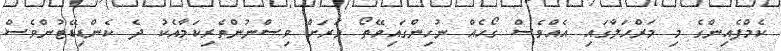
ކެމްޕެއިންގެ މި މަރްހަލާގައި އެއްވެސް ގޯހެއް ނުހިންގައިވޭތޯ ވަރަށް ވިސްނުންތެރިކަމާއެކު ދެ ކެންޑިޑޭޓުންވެސް